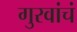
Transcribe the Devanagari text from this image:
गुरवांचं